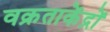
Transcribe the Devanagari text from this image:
वक्रताकेंद्रों